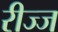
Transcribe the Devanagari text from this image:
रीज्ज